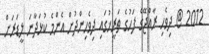
2012 @ ދިވެހި ރާއްޖޭގެ ފަހުގެ ތަރީޚުގައި ދިވެހިންދުށް އެންމެ ކުޅަދާނަ ލީޑަރަށް